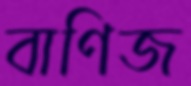
বাণিজ